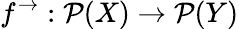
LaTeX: f^{\rightarrow}:{\mathcal{P}}(X)\rightarrow{\mathcal{P}}(Y)